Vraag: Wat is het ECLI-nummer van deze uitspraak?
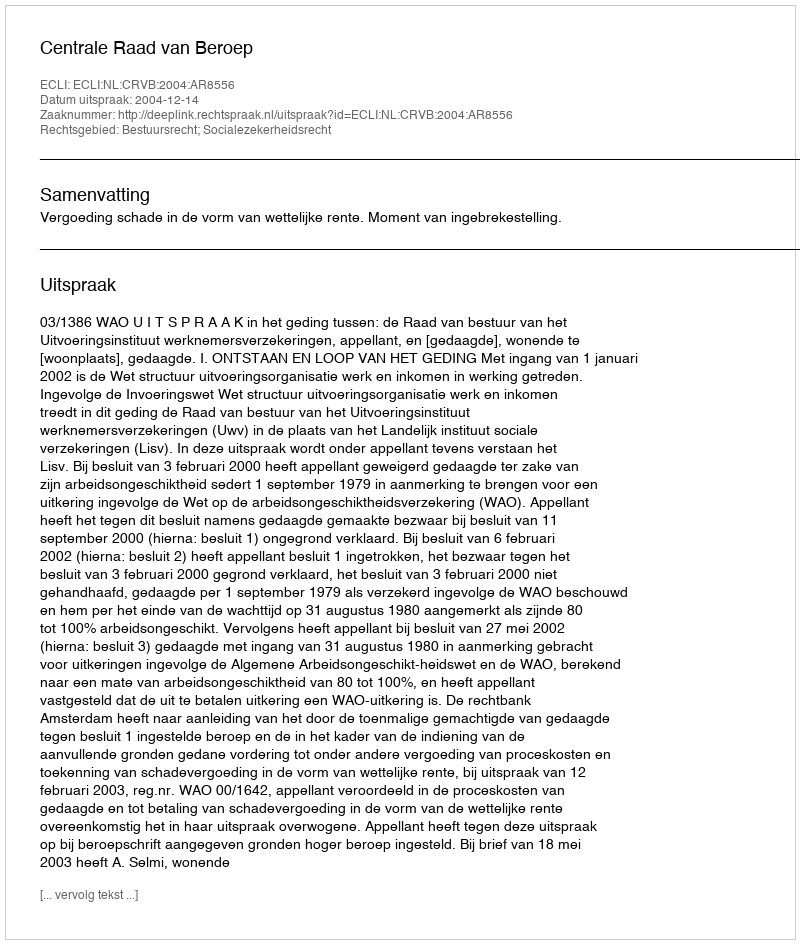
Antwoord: ECLI:NL:CRVB:2004:AR8556